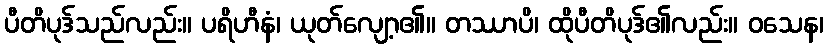
ပီတိပုဒ်သည်လည်း။ ပရိဟီနံ၊ ယုတ်လျော့၏။ တဿာပိ၊ ထိုပီတိပုဒ်၏လည်း။ ဝသေန၊